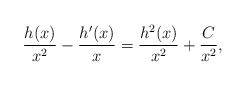
\begin{align*}\frac{h(x)}{x^2} - \frac{h'(x)}{x} = \frac{h^2(x)}{x^2} + \frac{C}{x^2},\end{align*}